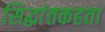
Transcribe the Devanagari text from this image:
सिद्धांतकहता